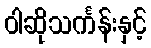
ဝါဆိုသင်္ကန်းနှင့်